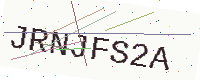
Text: JRNJFS2A